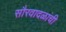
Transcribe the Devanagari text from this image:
सौरवादळांची